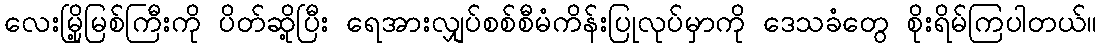
လေးမြို့မြစ်ကြီးကို ပိတ်ဆို့ပြီး ရေအားလျှပ်စစ်စီမံကိန်းပြုလုပ်မှာကို ဒေသခံတွေ စိုးရိမ်ကြပါတယ်။